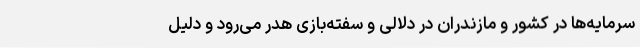
سرمایه‌ها در کشور و مازندران در دلالی و سفته‌بازی هدر می‌رود و دلیل